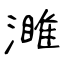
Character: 濉